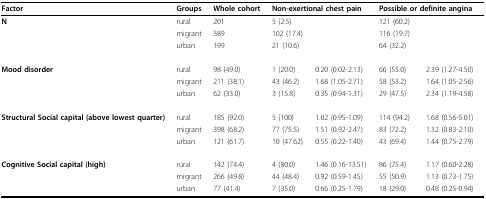
<table><thead><tr><td><b>Factor</b></td><td><b>Groups</b></td><td><b>Whole cohort</b></td><td colspan="2"><b>Non-exertional chest pain</b></td><td colspan="2"><b>Possible or definite angina</b></td></tr></thead><tbody><tr><td><b>N</b></td><td>rural</td><td>201</td><td>5 (2.5)</td><td></td><td>121 (60.2)</td><td></td></tr><tr><td></td><td>migrant</td><td>589</td><td>102 (17.4)</td><td></td><td>116 (19.7)</td><td></td></tr><tr><td></td><td>urban</td><td>199</td><td>21 (10.6)</td><td></td><td>64 (32.2)</td><td></td></tr><tr><td><b>Mood disorder</b></td><td>rural</td><td>98 (49.0)</td><td>1(20.0)</td><td>0.20 (0.02-2.13)</td><td>66 (55.0)</td><td>2.39 (1.27-4.50)</td></tr><tr><td></td><td>migrant</td><td>211 (38.1)</td><td>43 (46.2)</td><td>1.68 (1.05-2.71)</td><td>58(53.2)</td><td>1.64 (1.05-2.56)</td></tr><tr><td></td><td>urban</td><td>62 (33.0)</td><td>3 (15.8)</td><td>0.35 (0.94-1.31)</td><td>29 (47.5)</td><td>2.34 (1.19-4.58)</td></tr><tr><td><b>Structural Social capital (above lowest quarter)</b></td><td>rural</td><td>185 (92.0)</td><td>5 (100)</td><td>1.02 (0.95-1.09)</td><td>114 (94.2)</td><td>1.68 (0.56-5.01)</td></tr><tr><td></td><td>migrant</td><td>398 (68.2)</td><td>77 (75.5)</td><td>1.51 (0.92-2.47)</td><td>83 (72.2)</td><td>1.32 (0.83-2.10)</td></tr><tr><td></td><td>urban</td><td>121 (61.7)</td><td>10 (47.62)</td><td>0.55 (0.22-1.40)</td><td>43 (69.4)</td><td>1.44 (0.75-2.79)</td></tr><tr><td><b>Cognitive Social capital (high)</b></td><td>rural</td><td>142 (74.4)</td><td>4 (80.0)</td><td>1.46 (0.16-13.51)</td><td>86 (75.4)</td><td>1.17 (0.60-2.28)</td></tr><tr><td></td><td>migrant</td><td>266 (49.8)</td><td>44 (48.4)</td><td>0.92 (0.59-1.45)</td><td>55 (50.9)</td><td>1.13 (0.73-1.75)</td></tr><tr><td></td><td>urban</td><td>77 (41.4)</td><td>7 (35.0)</td><td>0.66 (0.25-1.79)</td><td>18 (29.0)</td><td>0.48 (0.25-0.94)</td></tr></tbody></table>